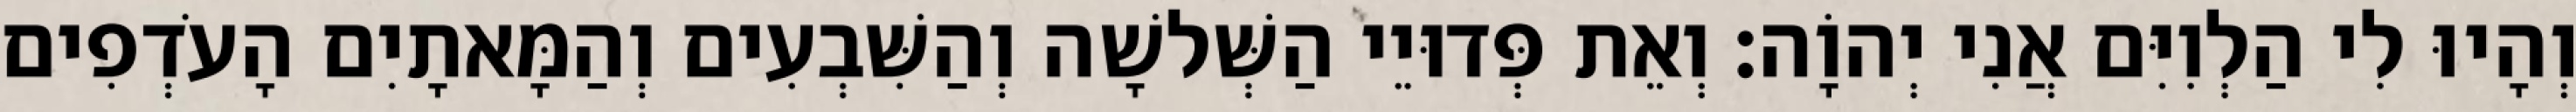
וְהָיוּ לִי הַלְוִיִּם אֲנִי יְהוָֹה׃ וְאֵת פְּדוּיֵי הַשְּׁלשָׁה וְהַשִּׁבְעִים וְהַמָּאתָיִם הָעֹדְפִים